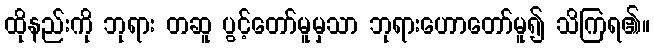
ထိုနည်းကို ဘုရား တဆူ ပွင့်တော်မူမှသာ ဘုရားဟောတော်မူ၍ သိကြရ၏။